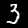
Digit: 3